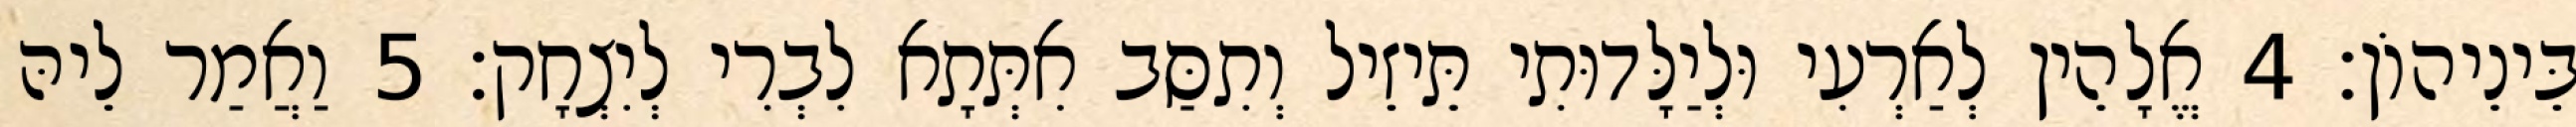
בֵּינֵיהוֹן׃ 4 אֱלָהֵין לְאַרְעִי וּלְיַלָּדוּתִי תֵּיזֵיל וְתִסַּב אִתְּתָא לִבְרִי לְיִצְחָק׃ 5 וַאֲמַר לֵיהּ